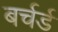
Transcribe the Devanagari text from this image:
बर्चर्ड